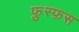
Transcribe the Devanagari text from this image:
फ़ुस्फ़स